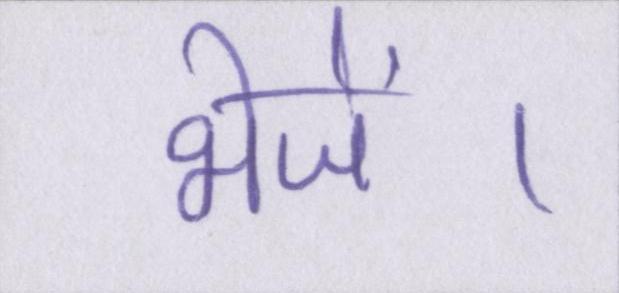
भेजें।